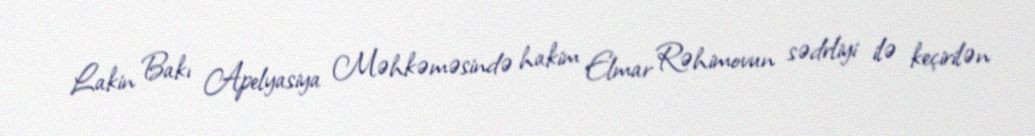
Lakin Bakı Apelyasiya Məhkəməsində hakim Elmar Rəhimovun sədrliyi ilə keçirilən